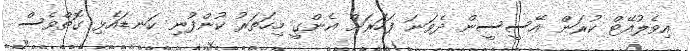
އިވެލުއޭޓް ކުރަން އޭސީސީން ދެވަނަ ފަހަރަށް އެންގީ މިހަތަރު ކުންފުނި ކަނޑައެޅި ގޮތްވެސް